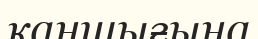
қаншығына